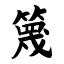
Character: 篾